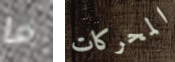
ما المحركات